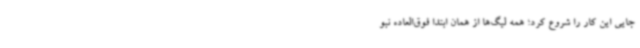
جایی این کار را شروع کرد؛ همه لیگ‌ها از همان ابتدا فوق‌العاده نبو